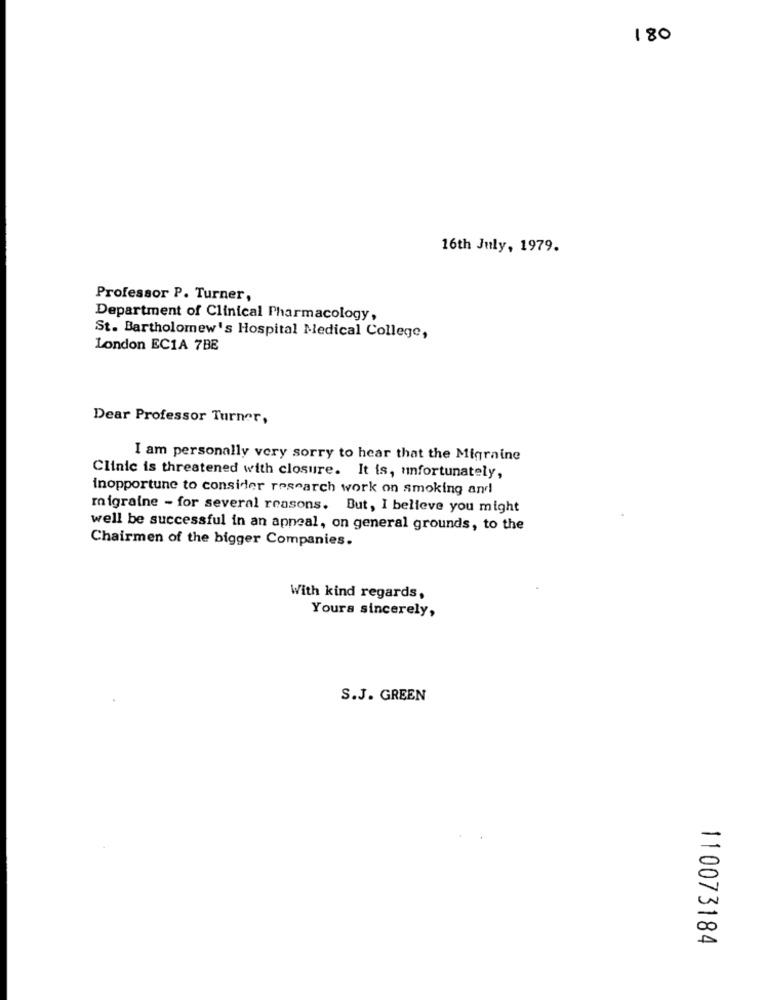
180
16th July, 1979.
Professor P. Turner,
Department of Clinical Pharmacology,
St. Bartholomew's Hospital Medical College,
London EC1A 7BE
Dear Professor Turner,
I am personally very sorry to hear that the Migraine
Clinic is threatened with closure. It is, unfortunately,
inopportune to consider research work on smoking and
migraine - for several reasons. But, I believe you might
well be successful in an apneal, on general grounds, to the
Chairmen of the bigger Companies.
With kind regards,
Yours sincerely,
S.J. GREEN
-
00
110073184